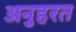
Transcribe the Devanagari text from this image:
अनुहरत